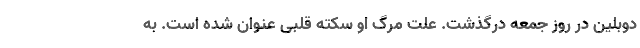
دوبلین در روز جمعه درگذشت. علت مرگ او سکته قلبی عنوان شده است. به